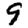
Digit: 9